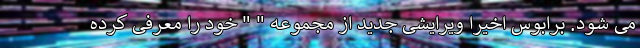
می شود. برابوس اخیرا ویرایشی جدید از مجموعه " " خود را معرفی کرده